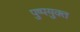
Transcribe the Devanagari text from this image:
पुष्पयुक्त